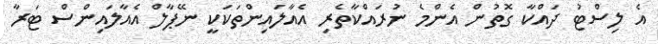
އެ ލިސްޓު ދައްކާ ގޮތުން އެންމެ ނުރައްކާތެރި އެއާލައިންތަކަކީ ނޭޕާލް އެއާލައިންސް ޓަރާ